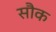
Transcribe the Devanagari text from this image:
सौक